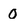
Character: 0